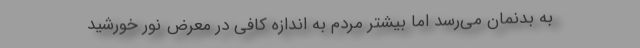
به بدنمان می‌رسد اما بیشتر مردم به‌ اندازه کافی در معرض نور خورشید